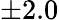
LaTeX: \pm 2.0